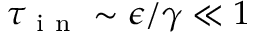
\tau _ { \mathrm { ~ i ~ n ~ } } \sim \epsilon / \gamma \ll 1